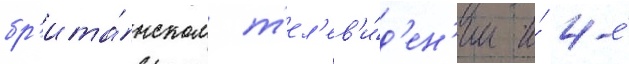
бр'ита́нском т'ел'ев'и́д'ен'ии и́ 4-е́